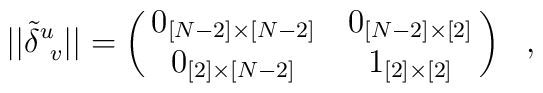
\big|\big|\tilde\delta^u_{~v}\big|\big|=\pmatrix{0_{[N-2]\times[N-2]}&0_{[N-2]\times[2]}\cr0_{[2]\times[N-2]}& 1_{[2]\times[2]}}~~,